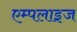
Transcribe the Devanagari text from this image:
एम्पलाइज